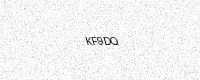
Text: KF9DQ